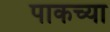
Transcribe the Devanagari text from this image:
पाकच्या